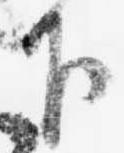
下